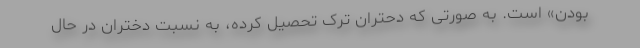
بودن» است. به صورتی که دحتران ترک تحصیل کرده، به نسبت دختران در حال